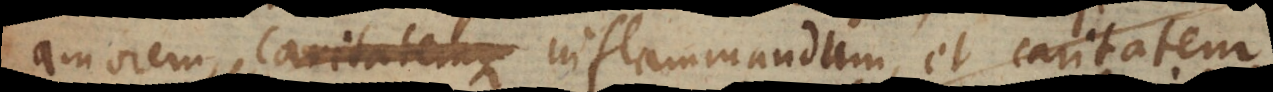
amorem caritatemque inflammandam inflammandum,